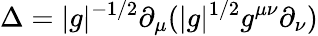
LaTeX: \Delta=|g|^{-1/2}\partial_{\mu}(|g|^{1/2}g^{\mu\nu}\partial_{\nu})